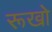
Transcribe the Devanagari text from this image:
रूखो